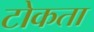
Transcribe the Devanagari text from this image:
टोकता